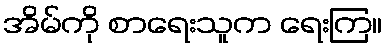
အိမ်ကို စာရေးသူက ရေးကြ။